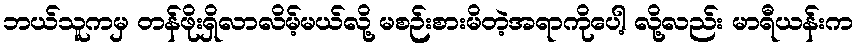
ဘယ်သူကမှ တန်ဖိုးရှိလာလိမ့်မယ်လို့ မစဉ်းစားမိတဲ့အရာကိုပေါ့ လို့လည်း မာရီယန်းက